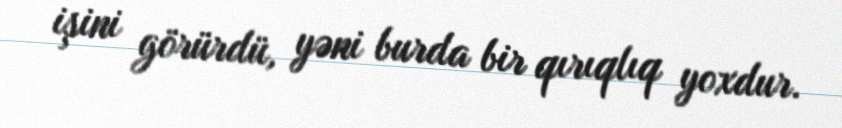
işini görürdü, yəni burda bir qırıqlıq yoxdur.